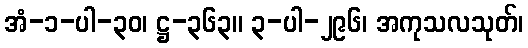
အံ-၁-ပါ-၃၀၊ ဋ္ဌ-၃၆၃။ ၃-ပါ-၂၉၆၊ အကုသလသုတ်၊